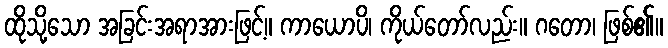
ထိုသို့သော အခြင်းအရာအားဖြင့်။ ကာယောပိ၊ ကိုယ်တော်လည်း။ ဂတော၊ ဖြစ်၏။